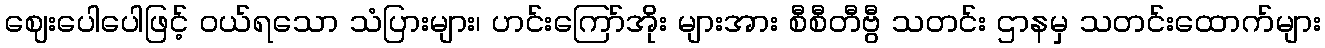
ဈေးပေါပေါဖြင့် ဝယ်ရသော သံပြားများ၊ ဟင်းကြော်အိုး များအား စီစီတီဗွီ သတင်း ဌာနမှ သတင်းထောက်များ